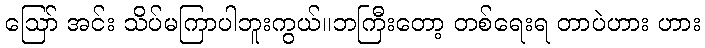
ဪ အင်း သိပ်မကြာပါဘူးကွယ်။ဘကြီးတော့ တစ်ရေးရ တာပဲဟား ဟား